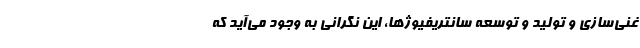
غنی‌سازی و تولید و توسعه سانتریفیوژها، این نگرانی به وجود می‌آید که